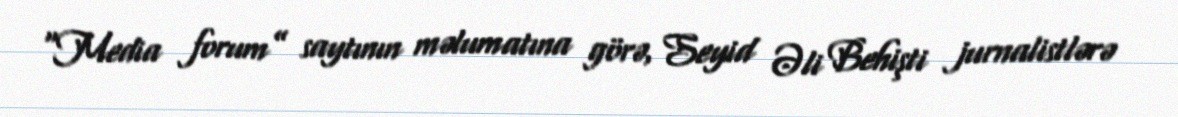
“Media forum” saytının məlumatına görə, Seyid Əli Behişti jurnalistlərə